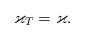
LaTeX: \begin{align*} \varkappa_T = \varkappa.\end{align*}